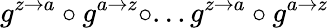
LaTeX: g^{z\rightarrow a}\circ g^{a\rightarrow z}\circ...g^{z\rightarrow a}\circ g^{a\rightarrow z}